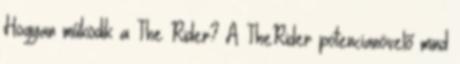
Hogyan működik a The Rider? A TheRider potencianövelő mind